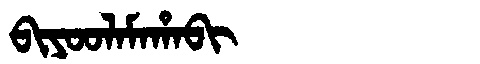
Manchu: ᠪᡳᠶᠣᠣᠯᠠᠮᠠᡥᠠᠪᡳ
Romanization: BIYOOLAMAHABI